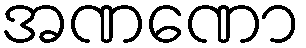
အဏဏော